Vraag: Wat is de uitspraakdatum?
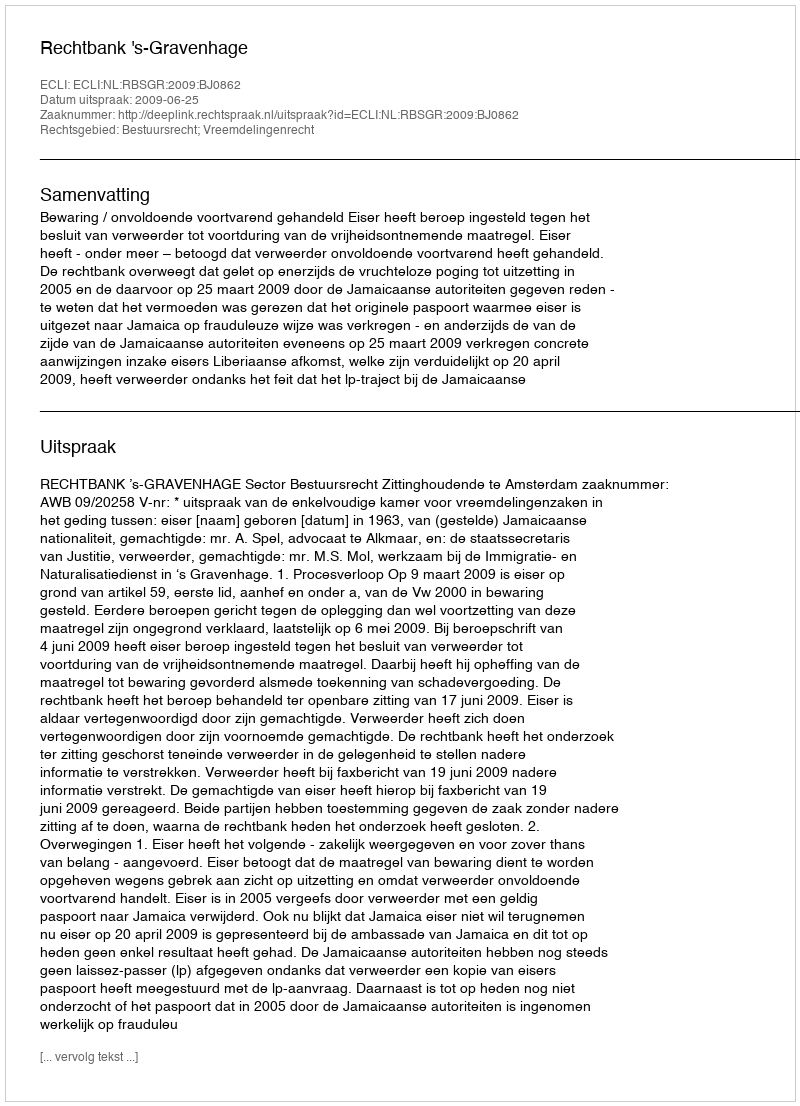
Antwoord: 2009-06-25